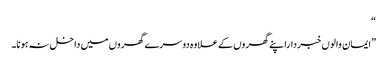
“
”ایمان والوں خبرداراپنے گھروں کے علاوہ دوسرے گھروں میں داخل نہ ہونا۔